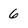
Character: 9